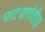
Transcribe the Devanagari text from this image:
पाटणादेवीचा